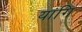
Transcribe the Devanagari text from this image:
यांगि